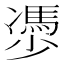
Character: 𠘔